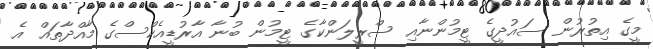
މީގެ އިތުރުން ސައުދީގެ ޓީމުންނާއި ސްރީލަންކާގެ ޓީމުން ބުނާ އާރުޑީއެކްސްގެ މާއްދާތައް އެ